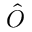
\hat { O }